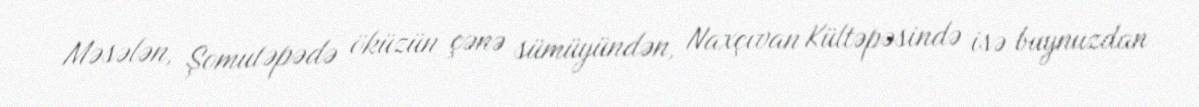
Məsələn, Şomutəpədə öküzün çənə sümüyündən, Naxçıvan Kültəpəsində isə buynuzdan